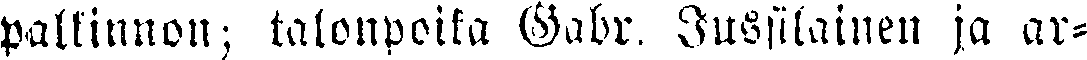
palkinnon; talonpoika Gabr. Jussilainen ja ar-